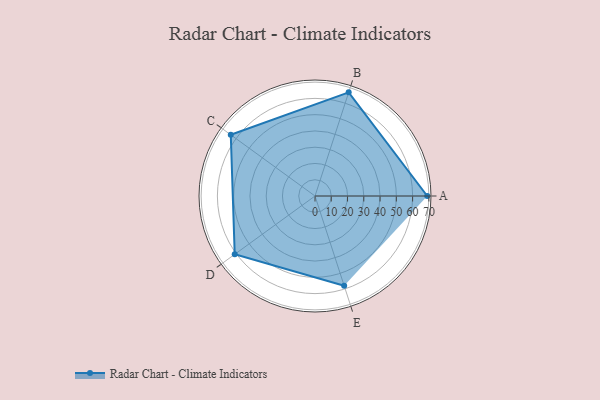
{"axis": {"x": "Skill", "y": "Score"}, "legend": ["Profile"], "data": [{"x": "A", "y": 69.0, "type": "Profile"}, {"x": "B", "y": 67.0, "type": "Profile"}, {"x": "C", "y": 64.0, "type": "Profile"}, {"x": "D", "y": 61.0, "type": "Profile"}, {"x": "E", "y": 58.0, "type": "Profile"}]}